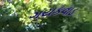
ગયકવાડ